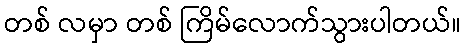
တစ် လမှာ တစ် ကြိမ်လောက်သွားပါတယ်။